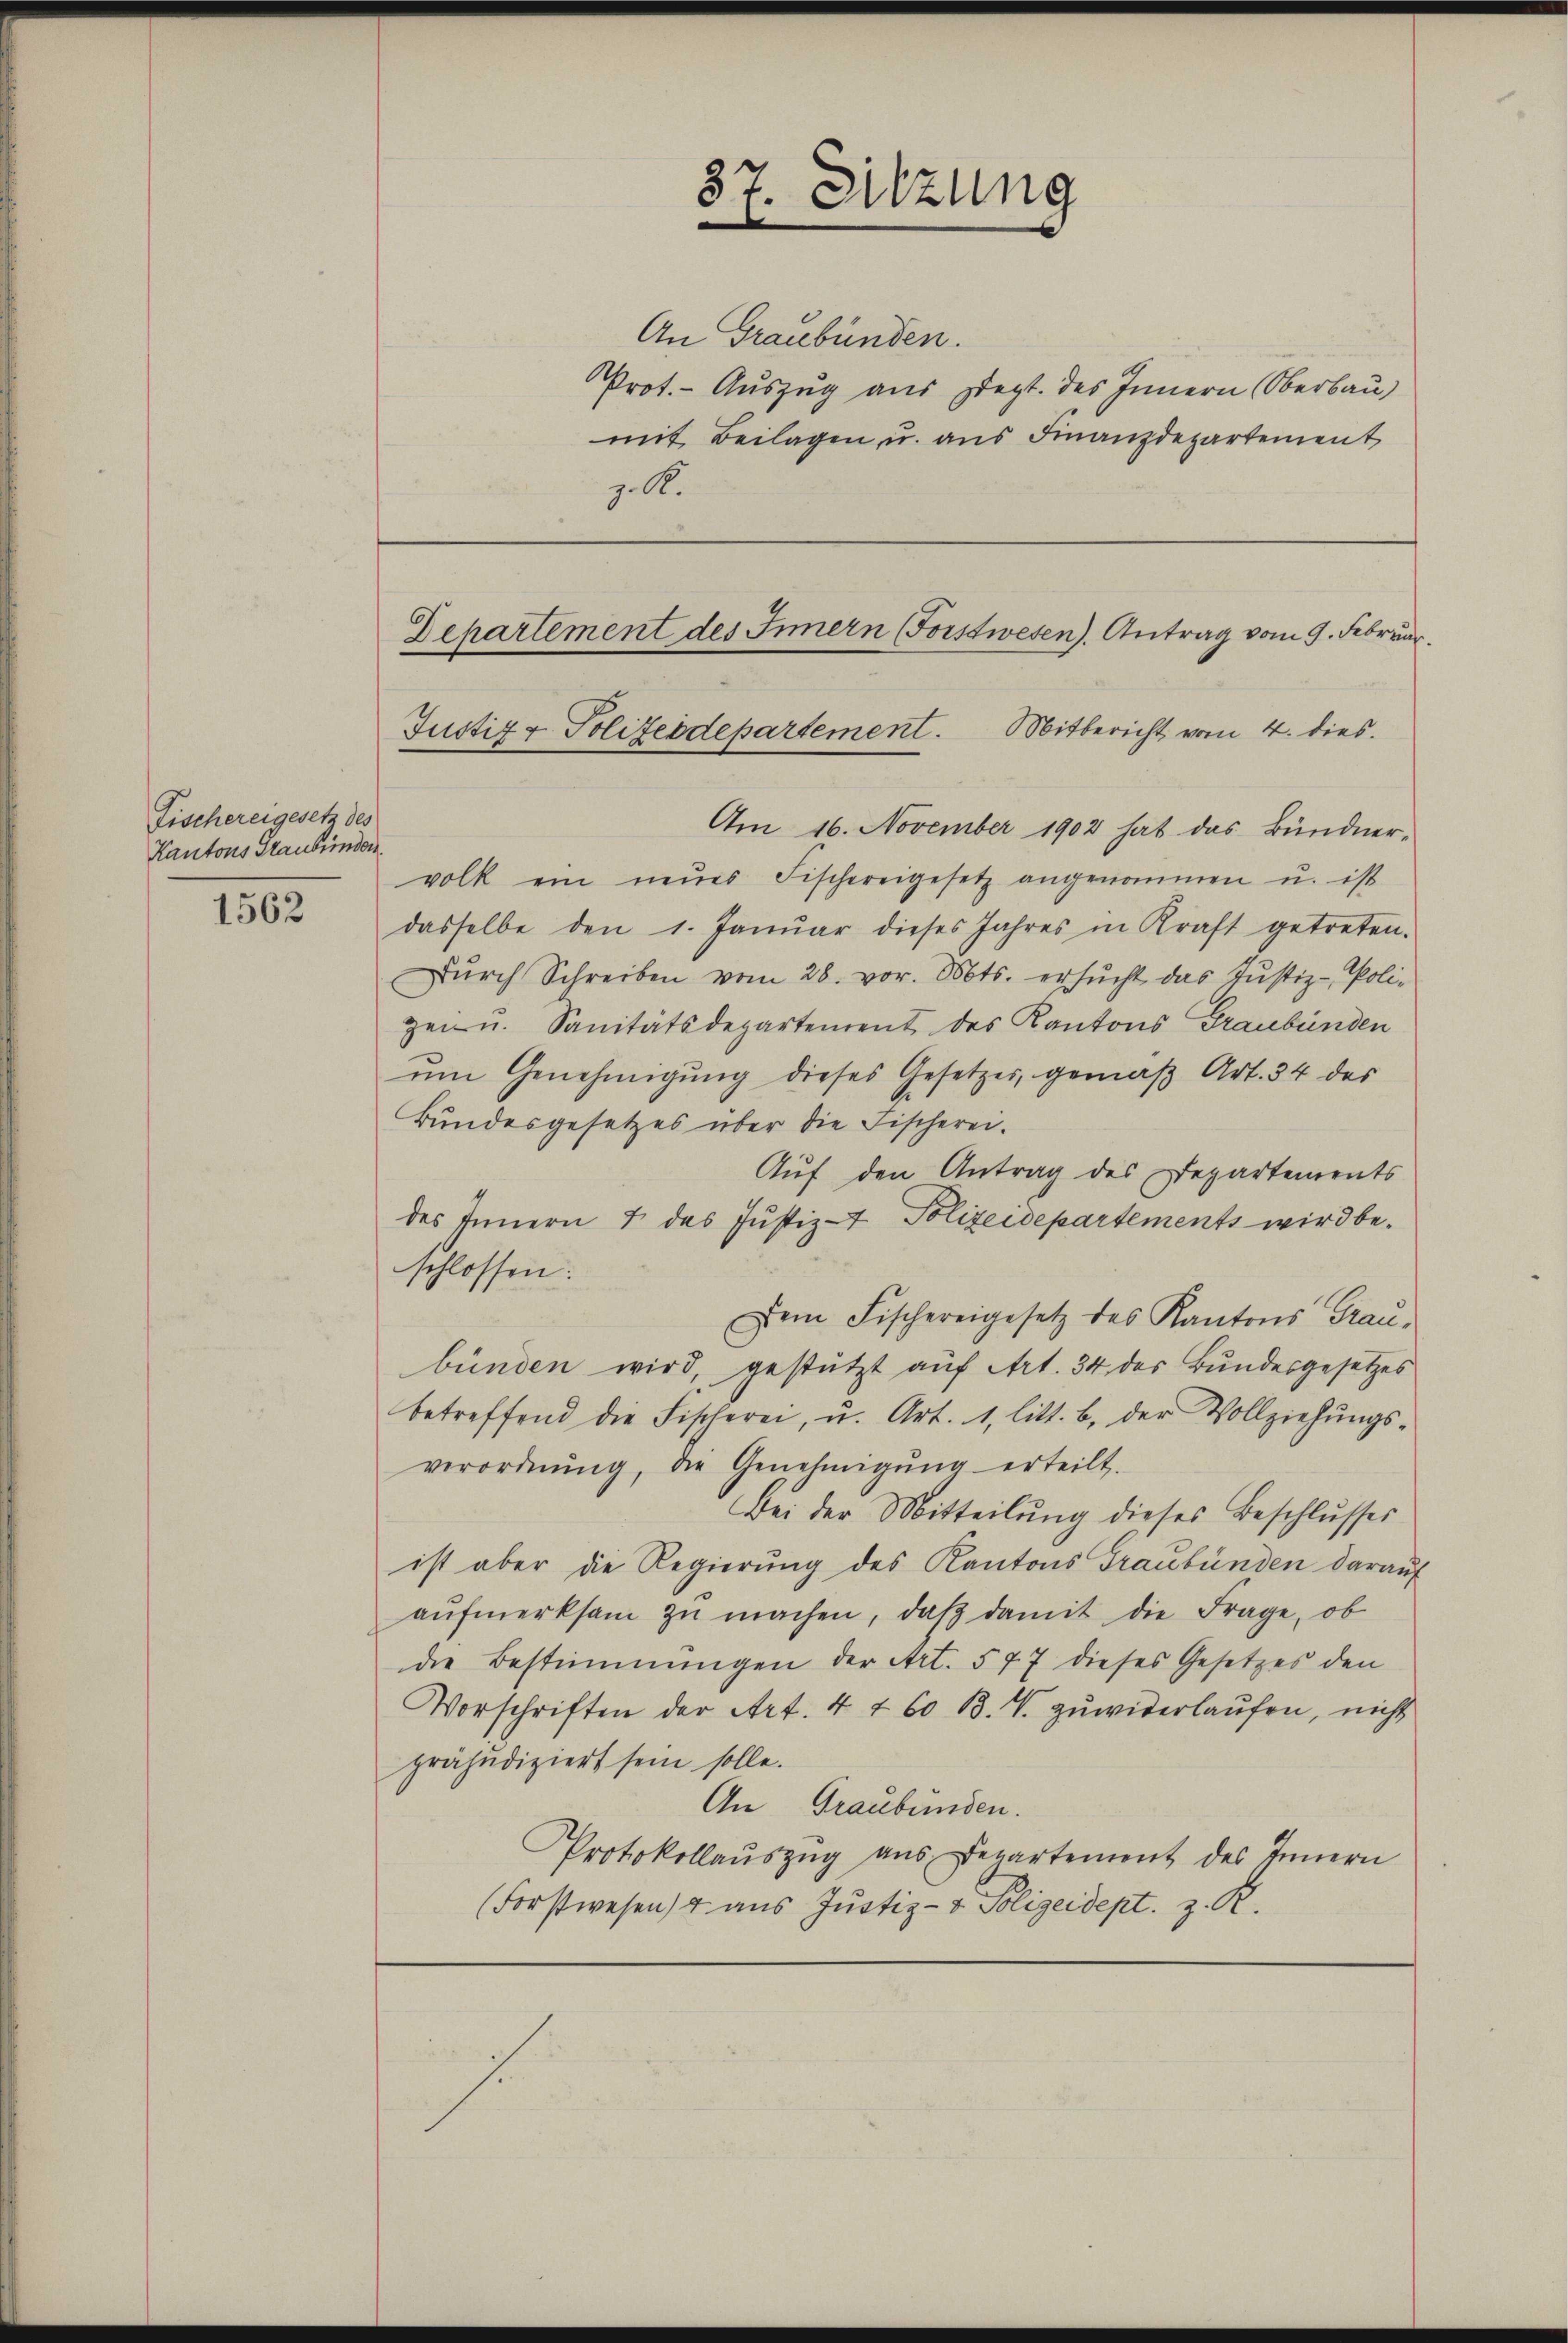
Fischereigesetz des
Kantons Graubünden

1562

37. Sitzung

An Graubünden.
Prot. - Auszug aus Sept. des Innern Oberbau
mit Beilagen u. aus Finanzdepartement
z. R.
Am 16. November 1902 hat das Bündner-
volk ein neues Fischereigesetz angenommen u. ist
dasselbe den 1. Janŭar dieses Jahres in Kraft getreten.
Dŭrch Schreiben vom 26. vor. 506ts. ersŭcht das Justiz-Poli-
gen u. Sanitätsdepartement des Kantons Graubünden
ŭm Genehmigung dieses Gesetzes, gemäß Art. 34 des
Bundesgesetzes über die Fischerei.
Auf den Antrag des Departements
des Innern & das Justiz- Polizeidepartements wird beschlossen:
Dem Fischereigesetz des Kantons Grau-
bünden wird, gestützt auf Art. 34 des Bundesgesetzes
betreffend die Fischerei, u. Art. 1, litt. b. der Vollziehŭngs-
verordnŭng, die Genehmigŭng erteilt.
Bei der Mitteilŭng dieses Beschlusses
ist aber die Regierung des Kantons Graubünden darauf
aŭfmerksam zŭ machen, daß damit die Frage, ob
die Bestimmungen der Art. 577 dieses Gesetzes den
Vorschriften der Art. 4 t 60 B. V. zŭwiderlaŭfen, nicht
präjudiziert sein solle.
An Graubünden.
Protokollaŭszŭg ans Departement des Innern
(Forstwesen & aus Justiz- & Polizeidept. z. R.

Departement des Innern (Forstwesen). Antrag vom 9. Februar.
Justiz & Polizeidepartement. Mitbericht vom 4. dies

1